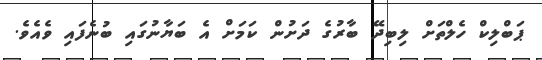
ޕަބްލިކް ހެލްތަށް ލިބިދޭ ބާރުގެ ދަށުން ކަމަށް އެ ބަޔާނުގައި ބުނެފައި ވެއެވެ.